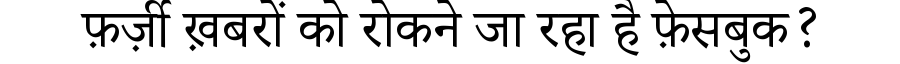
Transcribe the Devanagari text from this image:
फ़र्ज़ी ख़बरों को रोकने जा रहा है फ़ेसबुक?